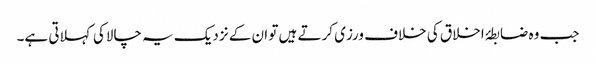
جب وہ ضابطۂ اخلاق کی خلاف ورزی کرتے ہیں تو ان کے نزدیک یہ چالاکی کہلاتی ہے۔